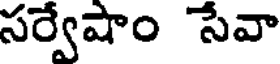
సర్వేషాం సేవా